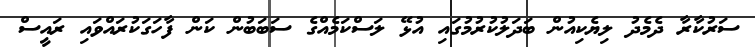
ސަރުކާރާ ދެމެދު ލިޔެކިއުން ބަދަލުކުރުމުގައި އުޅޭ ލަސްކަމެއްގެ ސަބަބުން ކަން ފާހަގަކުރައްވައި ރައީސް